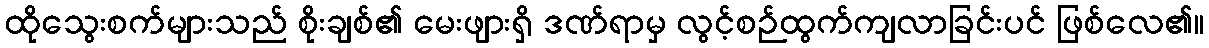
ထိုသွေးစက်များသည် စိုးချစ်၏ မေးဖျားရှိ ဒဏ်ရာမှ လွင့်စဉ်ထွက်ကျလာခြင်းပင် ဖြစ်လေ၏။